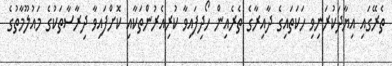
ތެރޭގައި އިޔާދަކުރަނިވި ހަކަތައިގެ ދާއިރާގެ ތެރެއިން ހޯދިފައިވާ ކުރިއެރުންތަކާއި ކޮށްފައިވާ ދިރާސާތަކުގެ މައުލޫމާތުގެ